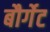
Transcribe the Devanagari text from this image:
बौर्गेट